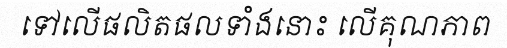
ទៅលើផលិតផលទាំងនោះ លើគុណភាព